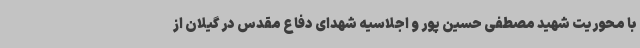
با محوریت شهید مصطفی حسین پور و اجلاسیه شهدای دفاع مقدس در گیلان از